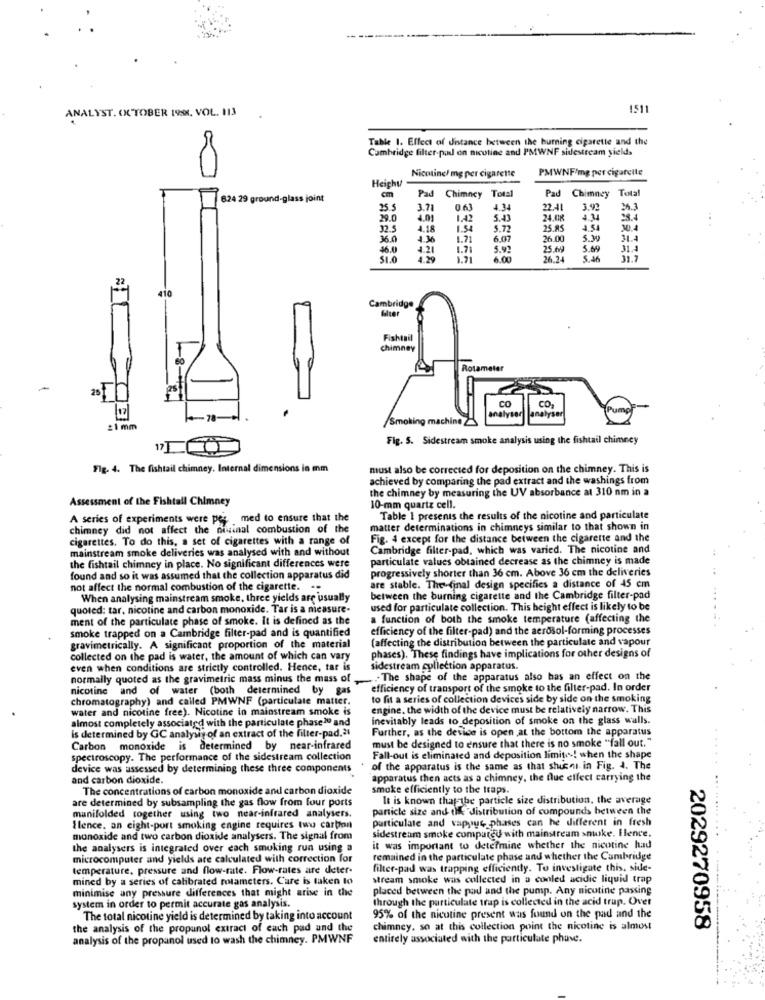
ANALYST. OKTOBER 199, VOL. 113
1511
Table 1. Effect of distance between the burning cigarette and the
Cambridge filter-pad on nicotine and PMWNF sidestream yields
00
Nicotine/ mg per cigarette
PMWNF/mg per cigarette
Heichy
cm
Pad Chimney Total
Pad Chimney
Total
824 29 ground-glass joint
25 5
3.71
4.34
22.41
3.92
25.3
29.0
4.01
1.42
5.43
24 UR
994
32.5
4.18
1.54
5.72
25.85
4.51
30.4
36.0
4.36
1.71
6.07
26.00
5.W
46.0
1.21
5.92
25.69
5.69
31.4
51.0
1.21
6.00
26.24
5.46
31.7
Cambridge
filter
Fishtail
chimney
Rotameter
CO
CO.
analyser
Pump
-78-
Smoking machineZ
analyser
#1 mm
Fig. S. Sidestream smoke analysis using the fishtail chimney
Fig. 4. The fishtail chimney. Internal dimensions in mm
must also be corrected for deposition on the chimney. This is
achieved by comparing the pad extract and the washings from
the chimney by measuring the UV absorbance at 310 nm in a
Assessment of the Fishtail Chimney
10-mm quartz cell.
A series of experiments were per med to ensure that the
Table I presents the results of the nicotine and particulate
chimney did not affect the divinal combustion of the
matter determinations in chimneys similar to that shown in
cigarettes. To do this, a set of cigarettes with a range of
Fig. 4 except for the distance between the cigarette and the
mainstream smoke deliveries was analysed with and without
Cambridge filter-pad, which was varied. The nicotine and
the fishtail chimney in place. No significant differences were
particulate values obtained decrease as the chimney is made
progressively shorter than 36 cm. Above 36 em the deliveries
found and so it was assumed that the collection apparatus did
not affect the normal combustion of the cigarette. ..
are stable. The final design specifies a distance of 45 cm
When analysing mainstream smoke, three yields are usually
between the burning cigarette and the Cambridge filter-pad
quoted: tar, nicotine and carbon monoxide. Tar is a measure-
used for particulate collection. This height effect is likely to be
ment of the particulate phase of smoke. It is defined as the
a function of both the smoke temperature (affecting the
smoke trapped on a Cambridge filter-pad and is quantified
efficiency of the filter-pad) and the aerosol-forming processes
(affecting the distribution between the particulate and vapour
gravimetrically. A significant proportion of the material
collected on the pad is water, the amount of which can vary
phases). These findings have implications for other designs of
even when conditions are strictly controlled. Hence, tar is
sidestream collection apparatus.
normally quoted as the gravimetric mass minus the mass of
. The shape of the apparatus also has an effect on the
nicotine and of water (both determined by gas
efficiency of transport of the smoke to the filter-pad. In order
chromatography) and called PMWNF (particulate matter.
to fit a series of collection devices side by side on the smoking
water and nicotine free). Nicotine in mainstream smoke is
engine. the width of the device must be relatively narrow. This
almost completely associated with the particulate phase20 and
inevitably leads to deposition of smoke on the glass walls.
Further, as the device is open ,at the bottom the apparatus
Is determined by GC analysis of an extract of the filter-pad.21
must be designed to ensure that there is no smoke "fall out."
Carbon monoxide is determined by near-infrared
spectroscopy. The performance of the sidestream collection
Fall-out is eliminated and deposition limite! when the shape
device was assessed by determining these three components
of the apparatus is the same as that shussi in Fig. 4. The
and carbon dioxide.
apparatus then acts as a chimney, the fluc effect carrying the
The concentrations of carbon monoxide and carbon dioxide
smoke efficiently to the traps.
are determined by subsampling the gas flow from four ports
It is known that the particle size distribution, the average
particle size and the distribution of compounds between the
manifolded together using two near-infrared analysers.
particulate and vapyur phases can he different in fresh
Ilence. an eight-port smoking engine requires two carbon
sidestream smoke compared with mainstream smoke. Hence.
monoxide and two carbon dioxide analysers. The signal from
the analysers is integrated over each smoking run using a
it was important to determine whether the nicotine had
microcomputer and yields are calculated with correction for
remained in the particulate phase and whether the Cambridge
temperature, pressure and flow-rate. Flow-rates are deter-
filter-pad was trapping efficiently. To investigate this, side-
mined by a series of calibrated rotameters. Care is taken to
stream smoke was collected in a cooled acidic liquid trap
minimise any pressure differences that might arise in the
placed between the pad and the pump. Any nicotine passing
system in order to permit accurate gas analysis.
through the particulate trap is collected in the acid trup. Over
The total nicotine yield is determined by taking into account
95% of the nicutine present was found on the pad and the
the analysis of the propanol extract of each pad and the
chimney, so at this collection point the nicotine is almost
2029270958
analysis of the propanol used to wash the chimney. PMWNF
entirely associated with the particulate phase.